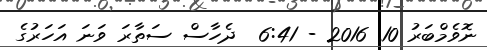
ނޮވެމްބަރު 10